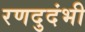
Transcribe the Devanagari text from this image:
रणदुदंभी